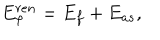
E _ { \varphi } ^ { r e n } = E _ { f } + E _ { a s } ,